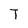
Character: T